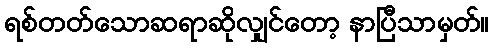
ရစ်တတ်သောဆရာဆိုလျှင်တော့ နာပြီသာမှတ်။